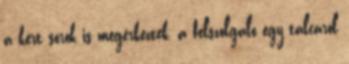
a kért sörök is megérkeztek, a felszolgáló egy tálcáról